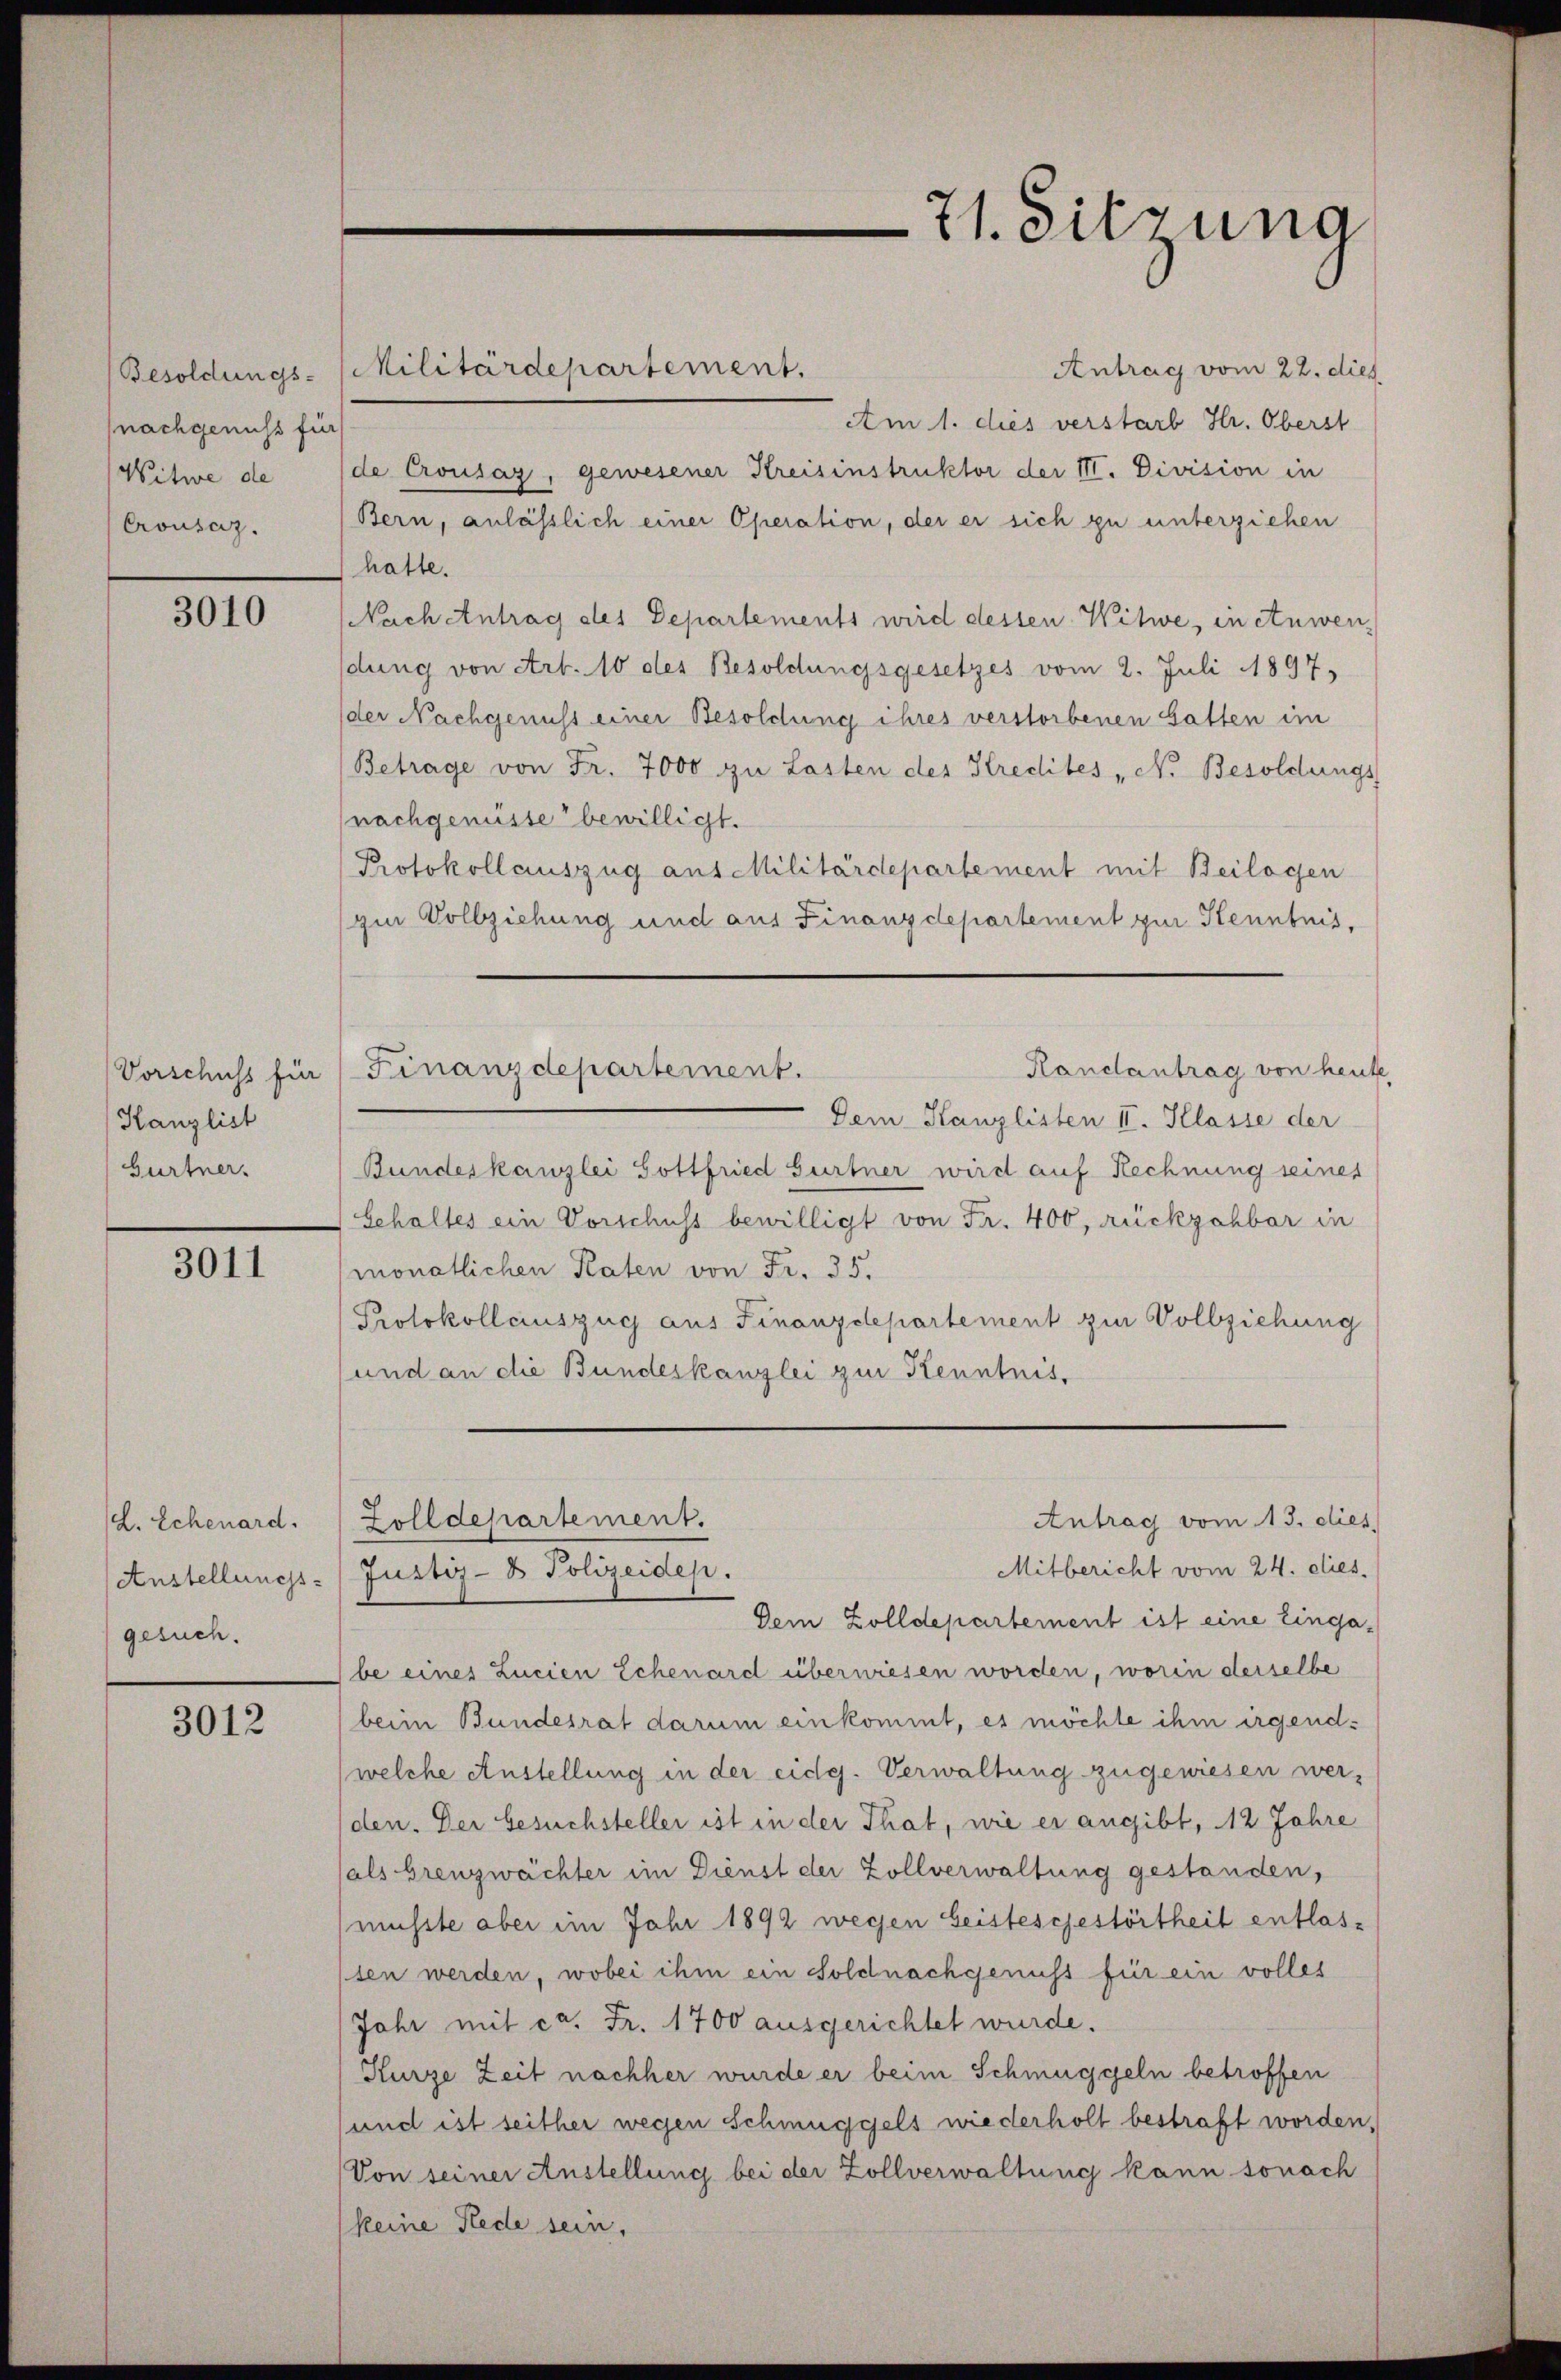
Besoldungs-
nachgenuss für
Witwe de
Crousaz.

3010

Vorschuss für
Kanzlist
Gurtner.

3011

(d. Schenard.
Anstellungs-
gesuch.

3012

Militärdepartement.

Antrag vom 22. dies
Am 1. dies verstarb Hr. Oberst
de Crousaz, gewesener Kreisinstruktor der III. Division in
Bern, anlässlich einer Operation, der er sich zu unterziehen
hatte.
Nach Antrag des Departements wird dessen Witwe, in einwen
dung von Art. 10 des Besoldungsgesetzes vom 2. Juli 1897,
der Nachgenuss einer Besoldung ihres verstorbenen Gatten im
Betrage von Fr. 7000 zu Lasten des Kredites „No Besoldungs
(nachgenüsse bewilligt.
Protokollauszug aus Militärdepartement mit Beilagen
zur Vollziehung und aus Finanzdepartement zur Kenntnis,
Randantrag von heute
Dem Kanzlisten II. Klasse der
Bundeskanzlei Gottfried Gurtner wird auf Rechnung seines
Gehaltes ein Vorschuss bewilligt von Fr. 400, rückzohbar in
monatlichen Paten von Fr. 35.
Protokollauszug aus Finanzdepartement zur Vollziehung
und an die Bundeskanzlei zur Kenntnis.
Zolldepartement.
Antrag vom 13. dies
Mitbericht vom 24. dies
Justiz- & Polizeidep.
Dem Zolldepartement ist eine Eingabe eines Lucien Echenard überwiesen worden, worin derselbe
beim Bundesrat darum einkommt, es möchte ihm irgendwelche Anstellung in der eidg. Verwaltung zugewiesen werden. Der Gesuchsteller ist in der That, wie es angibt, 12 Jahre
sals brenzwächter im Dienst der Zollverwaltung gestanden,
müsste aber im Jahr 1892 wegen Geisteschestörtheit entlassen werden, wobei ihm ein Soldnachgenuss für ein volles
Jahr mit ca. Fr. 1700 ausgerichtet wurde.
Kurze Zeit nachher wurde er beim Schmuggeln betroffen
und ist seither wegen Schmuggels wiederholt bestraft worden,
Von seiner Anstellung bei der Zollverwaltung kann sonach
keine Rede sein,

Finanzdepartement.

21. Sitzung